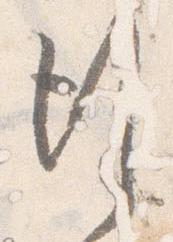
行